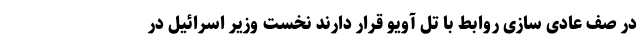
در صف عادی سازی روابط با تل آویو قرار دارند نخست وزیر اسرائیل در